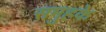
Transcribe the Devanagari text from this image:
समुहके